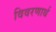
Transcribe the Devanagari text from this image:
विवरणार्थ